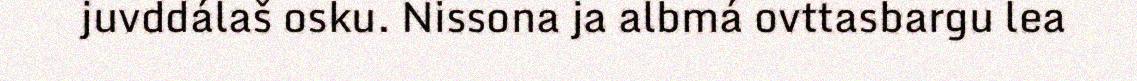
juvddálaš osku. Nissona ja albmá ovttasbargu lea